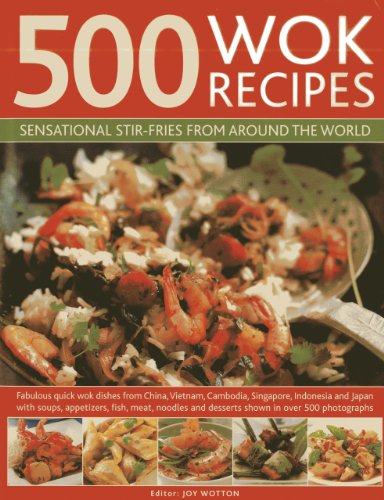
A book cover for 500 Wok Recipes: Sensational Stir-Fries from Around the World; Jenni Fleetwood; Cookbooks, Food & Wine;